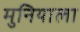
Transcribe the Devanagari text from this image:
मुनियाला